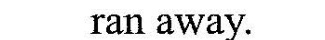
ran away.